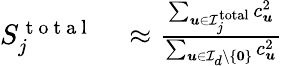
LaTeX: \begin{array}{rl}{S_{j}^{\mathrm{~t~o~t~a~l~}}}&{{}\approx\frac{\sum_{{\boldsymbol{u}}\in{\mathcal{I}}_{j}^{\mathrm{total}}}c_{\boldsymbol{u}}^{2}}{\sum_{{\boldsymbol{u}}\in{\mathcal{I}}_{d}\setminus\{ {\boldsymbol{0}}\} }c_{\boldsymbol{u}}^{2}}}\end{array}